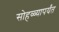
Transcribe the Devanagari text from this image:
सोहळ्यापर्यंत